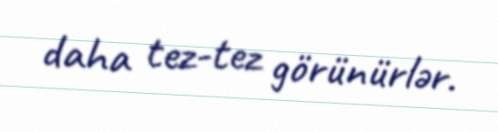
daha tez-tez görünürlər.